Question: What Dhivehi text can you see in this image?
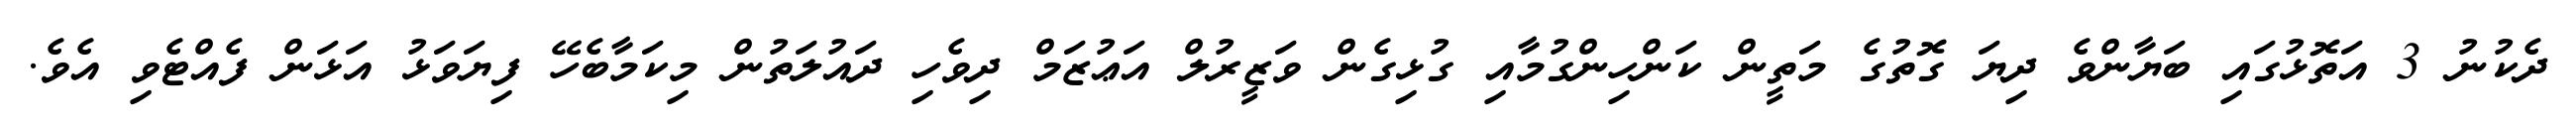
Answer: ދެކުނު 3 އަތޮޅުގައި ބަޔާންވެ ދިޔަ ގޮތުގެ މަތީން ކަންހިންގުމާއި ގުޅިގެން ވަޒީރުލް އަޢުޒަމް ދިވެހި ދައުލަތުން މިކަމާބެހޭ ފިޔަވަޅު އަޅަން ފެއްޓެވި އެވެ.